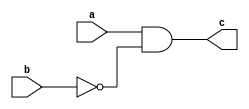
module nand2(c,a,b);
    input a,b;
    output c;
    assign c=a&!b;
endmodule